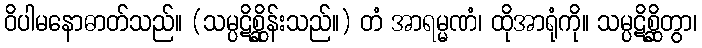
ဝိပါမနောဓာတ်သည်။ (သမ္ပဋိစ္ဆိုန်းသည်။) တံ အာရမ္မဏံ၊ ထိုအာရုံကို။ သမ္ပဋိစ္ဆိတွာ၊